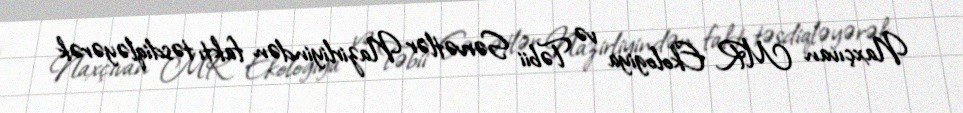
Naxçıvan MR Ekologiya və Təbii Sərvətlər Nazirliyindən faktı təsdiqləyərək